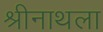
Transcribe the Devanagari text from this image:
श्रीनाथला